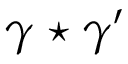
\gamma \star \gamma ^ { \prime }